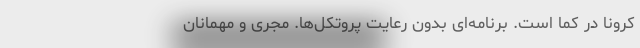
کرونا در کما است. برنامه‌‌ای بدون رعایت پروتکل‌ها. مجری و مهمانان